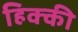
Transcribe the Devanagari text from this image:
हिक्‍की